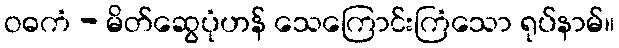
ဝဓကံ - မိတ်ဆွေပုံဟန် သေကြောင်းကြံသော ရုပ်နာမ်။